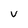
Character: v